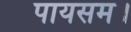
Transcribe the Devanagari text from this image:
पायसम।